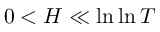
0 < H \ll \ln \ln T